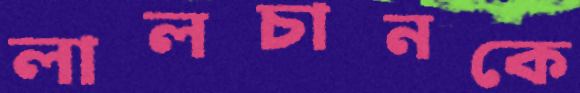
লালচানকে